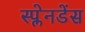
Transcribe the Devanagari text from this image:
स्प्लेनडेंस